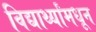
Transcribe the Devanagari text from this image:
विद्यार्थ्यांमधून